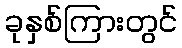
ခုနှစ်ကြားတွင်